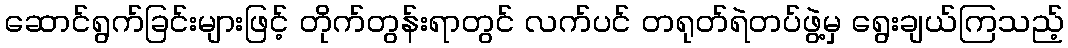
ဆောင်ရွက်ခြင်းများဖြင့် တိုက်တွန်းရာတွင် လက်ပင် တရုတ်ရဲတပ်ဖွဲ့မှ ရွေးချယ်ကြသည့်